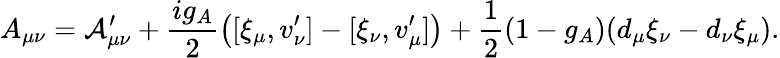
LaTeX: A_{\mu\nu}={\cal A}_{\mu\nu}^{\prime}+\frac{ig_{A}}{2}\left([\xi_{\mu},v_{\nu}^{\prime}]-[\xi_{\nu},v_{\mu}^{\prime}]\right)+\frac{1}{2}(1-g_{A})(d_{\mu}\xi_{\nu}-d_{\nu}\xi_{\mu}).